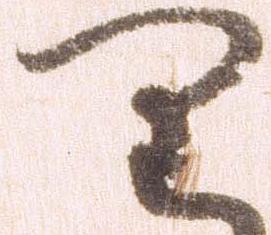
り